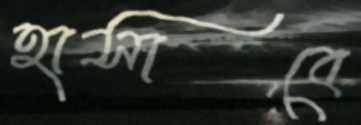
হাসাবে